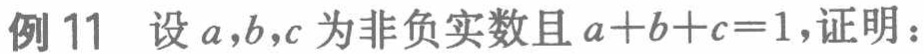
例 11 设 \(a,b,c\) 为非负实数且 \(a + b + c = 1\)，证明：